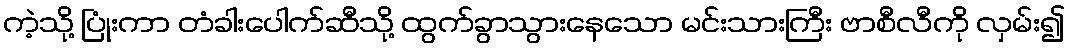
ကဲ့သို့ ပြုံးကာ တံခါးပေါက်ဆီသို့ ထွက်ခွာသွားနေသော မင်းသားကြီး ဗာစီလီကို လှမ်း၍